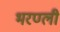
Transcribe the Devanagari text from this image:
भरण्ली